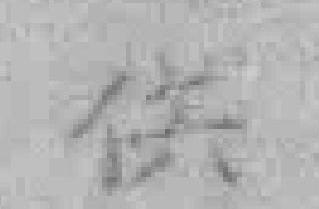
供